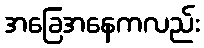
အခြေအနေကလည်း